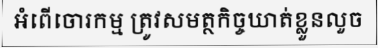
អំពើចោរកម្ម ត្រូវសមត្ថកិច្ចឃាត់ខ្លួនលួច